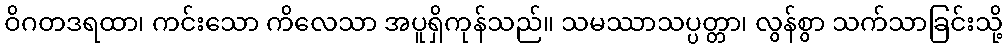
ဝိဂတဒရထာ၊ ကင်းသော ကိလေသာ အပူရှိကုန်သည်။ သမဿာသပ္ပတ္တာ၊ လွန်စွာ သက်သာခြင်းသို့